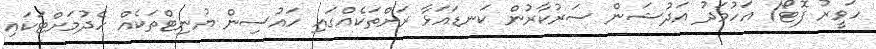
ހަވީރު ފޮޓޯ/ އަހުމަދު އަދުޝަން ސަރުކާރުން ކަނޑައަޅާ ރަށްތަކެއްގައި ހައުސިން ޔުނިޓްތަކެއް ހެދުމަށްޓަކައި